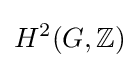
H^{2}(G,\mathbb {Z} )